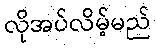
လိုအပ်လိမ့်မည်